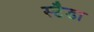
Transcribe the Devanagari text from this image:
स्टैडा